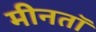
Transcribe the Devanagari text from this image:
मीनतॉ